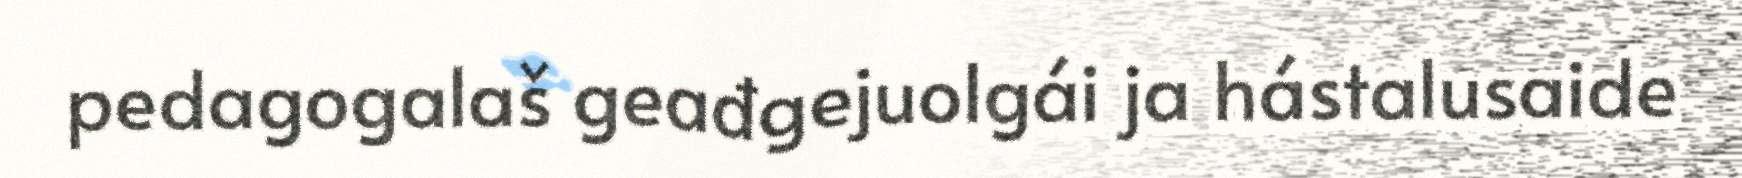
pedagogalaš geađgejuolgái ja hástalusaide